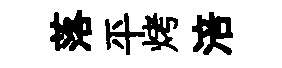
落平烤涪